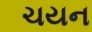
ચયન